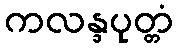
ကလန္ဒပုတ္တံ